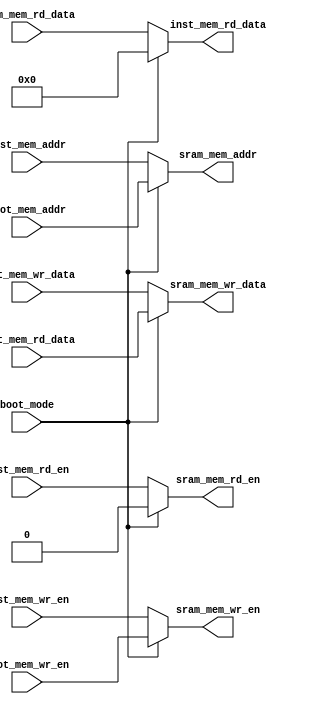
module mux_sram
#(
   parameter DATA_WIDTH = 32,
   parameter ADDR_WIDTH = 20
      
)
(/*autoport*/
   // boot ports interface
   input boot_mode,
   input boot_mem_wr_en,
   input [ADDR_WIDTH-1:0] boot_mem_addr,
   input [DATA_WIDTH-1:0] boot_mem_rd_data,
   // dlx ports interface
   input inst_mem_wr_en,
   input inst_mem_rd_en,
   input [DATA_WIDTH-1:0] inst_mem_wr_data,
   output reg [DATA_WIDTH-1:0] inst_mem_rd_data,
   input [ADDR_WIDTH-1:0] inst_mem_addr,
   //sram insterface
   output reg sram_mem_wr_en,
   output reg sram_mem_rd_en,
   output reg [DATA_WIDTH-1:0] sram_mem_wr_data,
   input [DATA_WIDTH-1:0] sram_mem_rd_data,
   output reg [ADDR_WIDTH-1:0] sram_mem_addr
);
//*******************************************************
//Outputs
//*******************************************************

always @(*) begin
   if (boot_mode) begin
      sram_mem_wr_en = boot_mem_wr_en;
      sram_mem_rd_en = 1'b0;
      sram_mem_wr_data = boot_mem_rd_data;
      sram_mem_addr = boot_mem_addr;
		inst_mem_rd_data = {DATA_WIDTH{1'b0}};
   end
   else begin
      sram_mem_wr_en = inst_mem_wr_en;
      sram_mem_rd_en = inst_mem_rd_en;
      sram_mem_wr_data = inst_mem_wr_data;
      inst_mem_rd_data = sram_mem_rd_data;
      sram_mem_addr = inst_mem_addr;
   end
end

endmodule